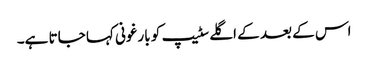
اس کے بعد کے اگلے سٹیپ کو بارغونی کہا جاتا ہے۔